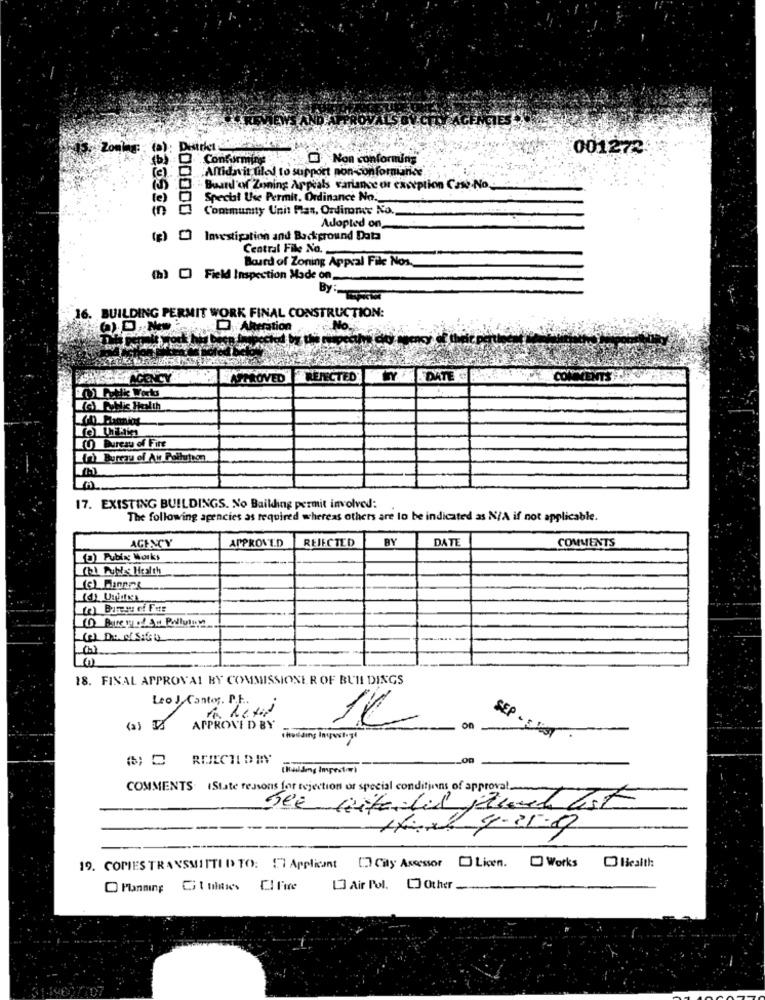
Zondag:
(a):
001272
Conforming
B Non conforming
;Altidavis tiled to support non-conformance"
3 - Board of Zoning Appeals variance or exception Come No.
(e) 0
Special Use Permit, Ordinance No.
Contmunity Unit Flas, Ordimmt No.
Adopted on
(g) [ lavestipation and Background Data
Central File No.
Board of Zoning Appral File Nos.
(h)C) Field Inspection Made on_
. BUILDING PERMIT WORK FINAL CONSTRUCTION:
BOASCE AGENCY
APPROVED
REJECTED
YE DATE
KO Bureau of Fire
17. EXISTING BUILDINGS. No Bailling permit involved:
The following agencies as required whereas others are lo be indicated as N/A if not applicable.
AGENCY
APPROVED
REJECTED
BY
DATE
COMMENTS
(0) Publix Works
18. FINAL APPROVAL BY COMMISSIONER OF BUILDINGS
Leo J. Cantor. P.F ..
i
1C
APPROVE D BY
6; C RUECHIDIY
COMMENTS (State reasons for rejection of special conditions of approval_
----
--
19. COPIES TRANSMITTID TO: EI Applicant [ City Assessor [ Licen. O Works [3 Health
[ Air Pol. [] Other